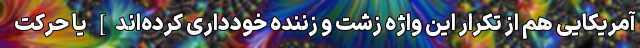
آمریکایی هم از تکرار این واژه زشت و زننده خودداری کرده‌اند] یا حرکت